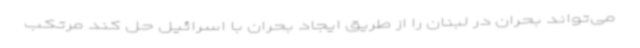
می‌تواند بحران در لبنان را از طریق ایجاد بحران با اسرائیل حل کند مرتکب